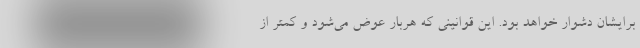
برایشان دشوار خواهد بود. این قوانینی که هربار عوض می‌شود و کمتر از